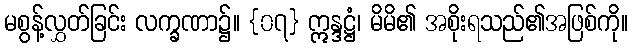
မစွန့်လွှတ်ခြင်း လက္ခဏာ၌။ {၀၇} ဣန္ဒဋ္ဌံ၊ မိမိ၏ အစိုးရသည်၏အဖြစ်ကို။